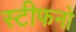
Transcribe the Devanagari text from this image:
स्टीफनो